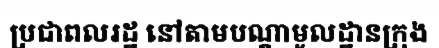
ប្រជាពលរដ្ឋ នៅតាមបណ្តាមូលដ្ឋានក្រុង